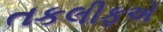
તકલીફએ